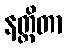
နတ္ထိတာ